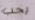
يجب